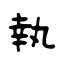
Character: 執